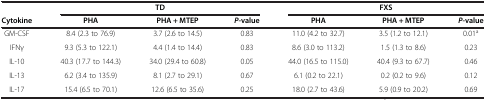
<table><thead><tr><td><b> </b></td><td colspan="3"><b>TD</b></td><td colspan="3"><b>FXS</b></td></tr><tr><td><b>Cytokine</b></td><td><b>PHA</b></td><td><b>PHA + MTEP</b></td><td><b><i>P-</i>value</b></td><td><b>PHA</b></td><td><b>PHA + MTEP</b></td><td><b><i>P</i>-value</b></td></tr></thead><tbody><tr><td>GM-CSF</td><td>8.4 (2.3 to 76.9)</td><td>3.7 (2.6 to 14.5)</td><td>0.83</td><td>11.0 (4.2 to 32.7)</td><td>3.5 (1.2 to 12.1)</td><td>0.01<sup>a</sup></td></tr><tr><td>IFNγ</td><td>9.3 (5.3 to 122.1)</td><td>4.4 (1.4 to 14.4)</td><td>0.83</td><td>8.6 (3.0 to 113.2)</td><td>1.5 (1.3 to 8.6)</td><td>0.23</td></tr><tr><td>IL-10</td><td>40.3 (17.7 to 144.3)</td><td>34.0 (29.4 to 60.8)</td><td>0.05</td><td>44.0 (16.5 to 115.0)</td><td>40.4 (9.3 to 67.7)</td><td>0.46</td></tr><tr><td>IL-13</td><td>6.2 (3.4 to 135.9)</td><td>8.1 (2.7 to 29.1)</td><td>0.67</td><td>6.1 (0.2 to 22.1)</td><td>0.2 (0.2 to 9.6)</td><td>0.12</td></tr><tr><td>IL-17</td><td>15.4 (6.5 to 70.1)</td><td>12.6 (6.5 to 35.6)</td><td>0.25</td><td>18.0 (2.7 to 43.6)</td><td>5.9 (0.9 to 20.2)</td><td>0.69</td></tr></tbody></table>